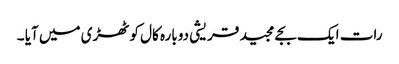
رات ایک بجے مجید قریشی دوبارہ کال کوٹھڑی میں آیا ۔